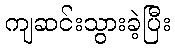
ကျဆင်းသွားခဲ့ပြီး